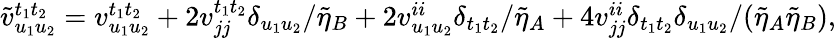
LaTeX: \begin{array}{r}{\tilde{v}_{u_{1}u_{2}}^{t_{1}t_{2}}=v_{u_{1}u_{2}}^{t_{1}t_{2}}+2v_{jj}^{t_{1}t_{2}}\delta_{u_{1}u_{2}}/\tilde{\eta}_{B}+2v_{u_{1}u_{2}}^{ii}\delta_{t_{1}t_{2}}/\tilde{\eta}_{A}+4v_{jj}^{ii}\delta_{t_{1}t_{2}}\delta_{u_{1}u_{2}}/(\tilde{\eta}_{A}\tilde{\eta}_{B}),}\end{array}